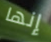
إنها